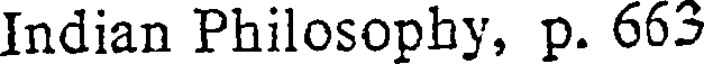
Indian Philosophy, p. 663